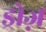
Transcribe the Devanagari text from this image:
ड्रोज़